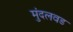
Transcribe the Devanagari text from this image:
मुंदलवड